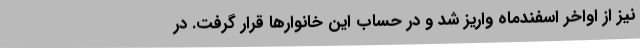
نیز از اواخر اسفندماه واریز شد و در حساب این خانوارها قرار گرفت. در